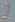
Text: 2